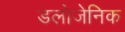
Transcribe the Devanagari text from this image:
डलोजेनिक